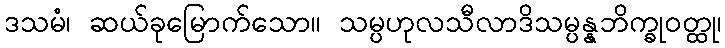
ဒသမံ၊ ဆယ်ခုမြောက်သော။ သမ္ပဟုလသီလာဒိသမ္ပန္နဘိက္ခုဝတ္ထု၊